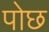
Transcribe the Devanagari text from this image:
पोछ